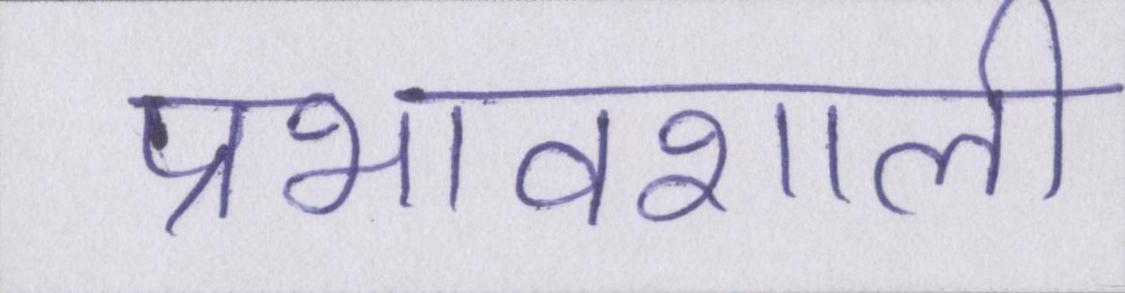
प्रभावशाली